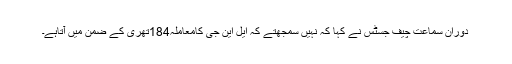
دوران سماعت چیف جسٹس نے کہا کہ نہیں سمجھتے کہ ایل این جی کامعاملہ184تھری کے ضمن میں آتاہے۔